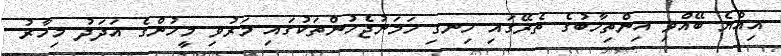
އިއްޔެ ބޭއްވި އިންތިހާބުގެ ތެރޭގައި ހިނގި ހަމަނުޖެހުންތަކުގައި މަރުވި މީހުންގެ އަދަދު މިހާރު